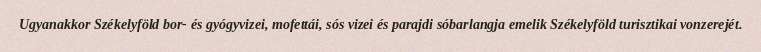
Ugyanakkor Székelyföld bor- és gyógyvizei, mofettái, sós vizei és parajdi sóbarlangja emelik Székelyföld turisztikai vonzerejét.